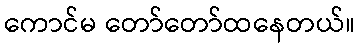
ကောင်မ တော်တော်ထနေတယ်။